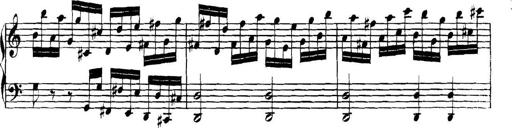
Title: Collected Piano Sonatas
Composer: Muzio Clementi